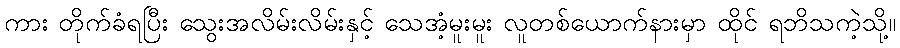
ကား တိုက်ခံရပြီး သွေးအလိမ်းလိမ်းနှင့် သေအံ့မူးမူး လူတစ်ယောက်နားမှာ ထိုင် ရဘိသကဲ့သို့။